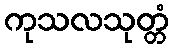
ကုသလသုတ္တံ